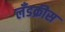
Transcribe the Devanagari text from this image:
लँडक्रीस